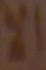
الا